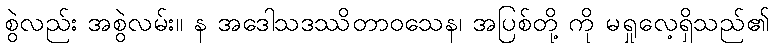
စွဲလည်း အစွဲလမ်း။ န အဒေါသဒဿိတာဝသေန၊ အပြစ်တို့ ကို မရှုလေ့ရှိသည်၏